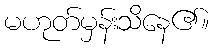
မဟုတ်မှန်းသိနေ၏။